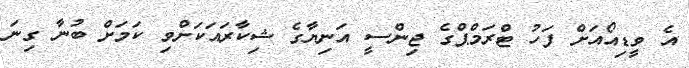
އެ ވީޑިއޯއަށް ފަހު ޓްރަމްޕްގެ ޖިންސީ އަނިޔާގެ ޝިކާރައަކަށްވި ކަމަށް ބުނާ ގިނަ